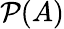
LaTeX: {\mathcal{P}}(A)